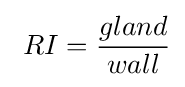
\ RI={\frac {gland}{wall}}